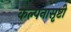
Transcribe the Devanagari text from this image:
कल्पनासृष्टी